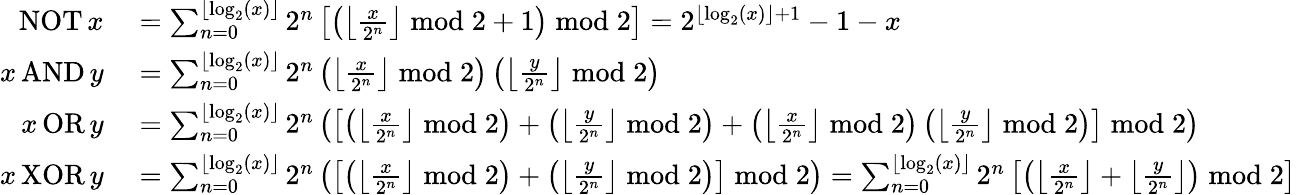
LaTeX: \begin{array}{rl}{\operatorname{NOT}x}&{{}=\sum_{n=0}^{\lfloor\log_{2}(x)\rfloor}2^{n}\left[\left(\left\lfloor{\frac{x}{2^{n}}}\right\rfloor{\bmod{2}}+1\right){\bmod{2}}\right]=2^{\left\lfloor\log_{2}(x)\right\rfloor+1}-1-x}\\ {x\operatorname{AND}y}&{{}=\sum_{n=0}^{\lfloor\log_{2}(x)\rfloor}2^{n}\left(\left\lfloor{\frac{x}{2^{n}}}\right\rfloor{\bmod{2}}\right)\left(\left\lfloor{\frac{y}{2^{n}}}\right\rfloor{\bmod{2}}\right)}\\ {x\operatorname{OR}y}&{{}=\sum_{n=0}^{\lfloor\log_{2}(x)\rfloor}2^{n}\left(\left[\left(\left\lfloor{\frac{x}{2^{n}}}\right\rfloor{\bmod{2}}\right)+\left(\left\lfloor{\frac{y}{2^{n}}}\right\rfloor{\bmod{2}}\right)+\left(\left\lfloor{\frac{x}{2^{n}}}\right\rfloor{\bmod{2}}\right)\left(\left\lfloor{\frac{y}{2^{n}}}\right\rfloor{\bmod{2}}\right)\right]{\bmod{2}}\right)}\\ {x\operatorname{XOR}y}&{{}=\sum_{n=0}^{\lfloor\log_{2}(x)\rfloor}2^{n}\left(\left[\left(\left\lfloor{\frac{x}{2^{n}}}\right\rfloor{\bmod{2}}\right)+\left(\left\lfloor{\frac{y}{2^{n}}}\right\rfloor{\bmod{2}}\right)\right]{\bmod{2}}\right)=\sum_{n=0}^{\lfloor\log_{2}(x)\rfloor}2^{n}\left[\left(\left\lfloor{\frac{x}{2^{n}}}\right\rfloor+\left\lfloor{\frac{y}{2^{n}}}\right\rfloor\right){\bmod{2}}\right]}\end{array}